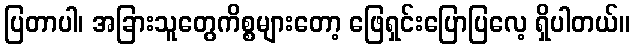
ပြတာပါ၊ အခြားသူတွေကိစ္စများတော့ ဖြေရှင်းပြောပြလေ့ ရှိပါတယ်။